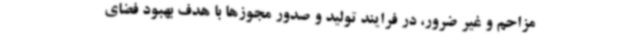
مزاحم و غیر ضرور، در فرایند تولید و صدور مجوزها با هدف بهبود فضای